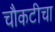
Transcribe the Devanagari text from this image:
चौकटीचा